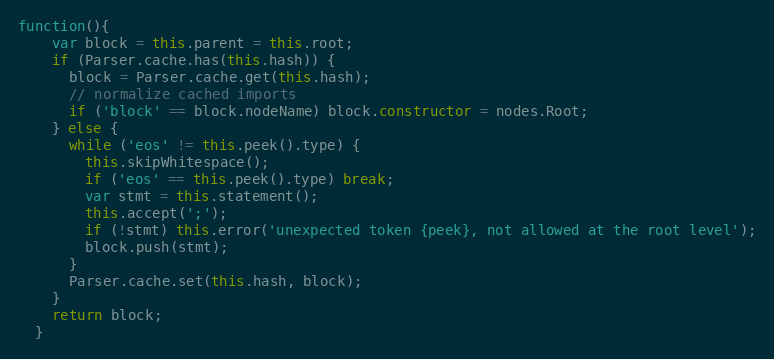
Language: JavaScript
function(){
    var block = this.parent = this.root;
    if (Parser.cache.has(this.hash)) {
      block = Parser.cache.get(this.hash);
      // normalize cached imports
      if ('block' == block.nodeName) block.constructor = nodes.Root;
    } else {
      while ('eos' != this.peek().type) {
        this.skipWhitespace();
        if ('eos' == this.peek().type) break;
        var stmt = this.statement();
        this.accept(';');
        if (!stmt) this.error('unexpected token {peek}, not allowed at the root level');
        block.push(stmt);
      }
      Parser.cache.set(this.hash, block);
    }
    return block;
  }